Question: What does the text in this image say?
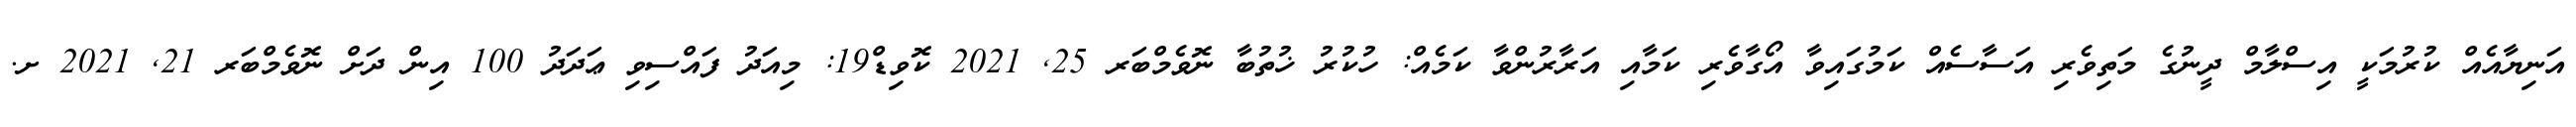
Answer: އަނިޔާއެއް ކުރުމަކީ އިސްލާމް ދީނުގެ މަތިވެރި އަސާސެއް ކަމުގައިވާ އޯގާވެރި ކަމާއި އަރާރުންވާ ކަމެއް: ހުކުރު ޚުތުބާ ނޮވެމްބަރ 25, 2021 ކޮވިޑް19: މިއަދު ފައްސިވި ޢަދަދު 100 އިން ދަށް ނޮވެމްބަރ 21, 2021 ށ.